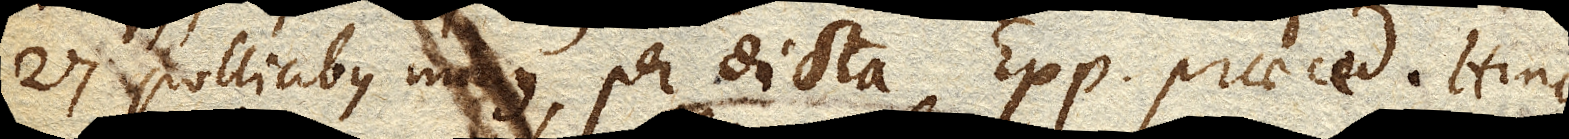
27 pollicibus minus, per dicta Exp. praeced. Hinc